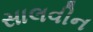
સાલવીન